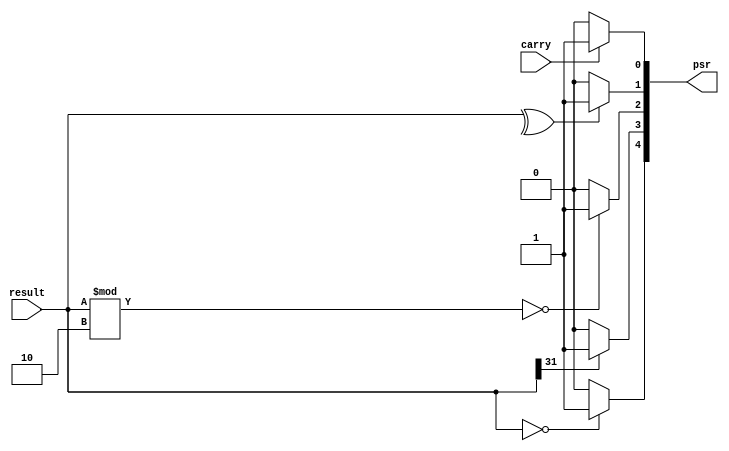
module psr (
    input carry,
    input [31:0] result,
    output reg [4:0] psr

);


    always @ (result) begin
        psr[0] <= carry ? 1'b1 : 1'b0; // Carry
        psr[1] <= ^ result == 1 ? 1'b1 : 1'b0; // Parity
        psr[2] <= result % 2 == 0 ? 1'b1 : 1'b0; // Even
        psr[3] <= result[31] == 1'b1 ? 1'b1 : 1'b0; // Negative
        psr[4] <= result == 0 ? 1'b1 : 1'b0; // Zero
    end
endmodule